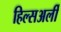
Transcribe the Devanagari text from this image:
हिल्सअर्ली